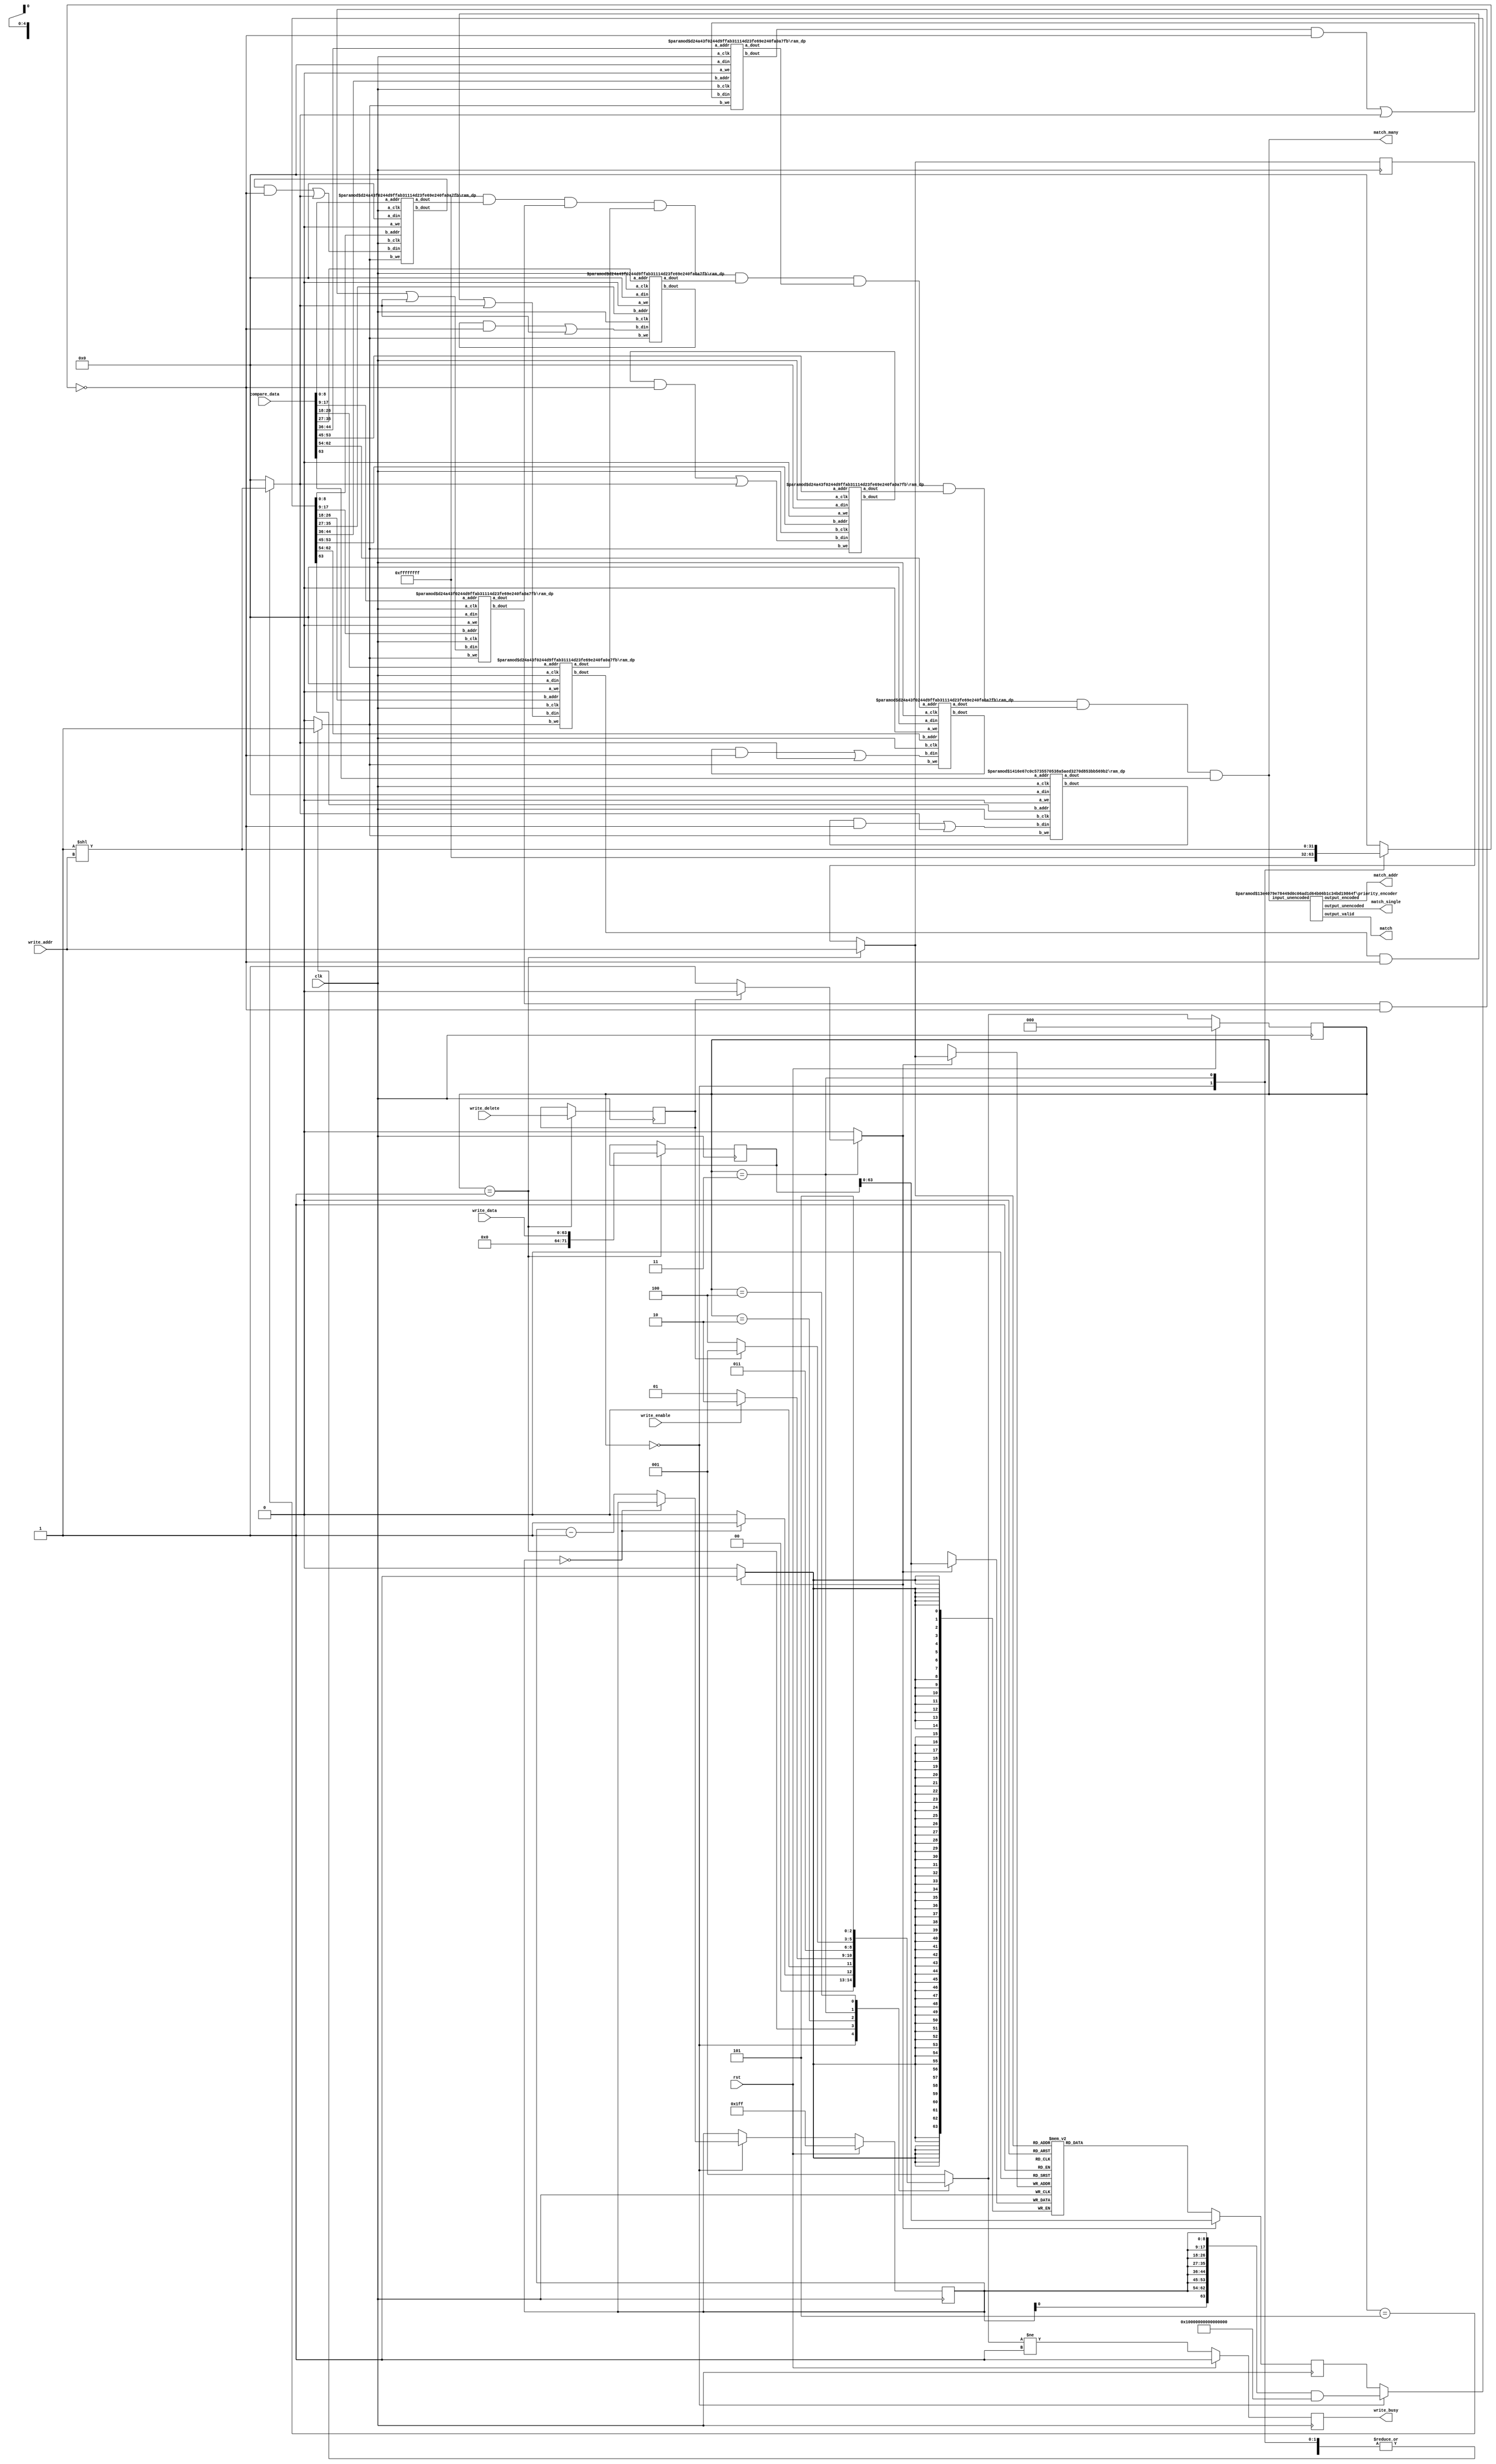
// Language: Verilog 2001

`timescale 1ns / 1ps

/*
 * Content Addressable Memory (block RAM based)
 */
module cam_bram #(
    // search data bus width
    parameter DATA_WIDTH = 64,
    // memory size in log2(words)
    parameter ADDR_WIDTH = 5,
    // width of data bus slices
    parameter SLICE_WIDTH = 9
)
(
    input  wire                     clk,
    input  wire                     rst,

    input  wire [ADDR_WIDTH-1:0]    write_addr,
    input  wire [DATA_WIDTH-1:0]    write_data,
    input  wire                     write_delete,
    input  wire                     write_enable,
    output wire                     write_busy,

    input  wire [DATA_WIDTH-1:0]    compare_data,
    output wire [2**ADDR_WIDTH-1:0] match_many,
    output wire [2**ADDR_WIDTH-1:0] match_single,
    output wire [ADDR_WIDTH-1:0]    match_addr,
    output wire                     match
);

// total number of slices (enough to cover DATA_WIDTH with address inputs)
localparam SLICE_COUNT = (DATA_WIDTH + SLICE_WIDTH - 1) / SLICE_WIDTH;
// depth of RAMs
localparam RAM_DEPTH = 2**ADDR_WIDTH;

localparam [2:0]
    STATE_INIT = 3'd0,
    STATE_IDLE = 3'd1,
    STATE_DELETE_1 = 3'd2,
    STATE_DELETE_2 = 3'd3,
    STATE_WRITE_1 = 3'd4,
    STATE_WRITE_2 = 3'd5;

reg [2:0] state_reg = STATE_INIT, state_next;

wire [SLICE_COUNT*SLICE_WIDTH-1:0] compare_data_padded = {{SLICE_COUNT*SLICE_WIDTH-DATA_WIDTH{1'b0}}, compare_data};
wire [SLICE_COUNT*SLICE_WIDTH-1:0] write_data_padded = {{SLICE_COUNT*SLICE_WIDTH-DATA_WIDTH{1'b0}}, write_data};

reg [SLICE_WIDTH-1:0] count_reg = {SLICE_WIDTH{1'b1}}, count_next;

reg [SLICE_COUNT*SLICE_WIDTH-1:0] ram_addr = {SLICE_COUNT*SLICE_WIDTH{1'b0}};
reg [RAM_DEPTH-1:0] set_bit;
reg [RAM_DEPTH-1:0] clear_bit;
reg wr_en;

reg [ADDR_WIDTH-1:0] write_addr_reg = {ADDR_WIDTH{1'b0}}, write_addr_next;
reg [SLICE_COUNT*SLICE_WIDTH-1:0] write_data_padded_reg = {SLICE_COUNT*SLICE_WIDTH{1'b0}}, write_data_padded_next;
reg write_delete_reg = 1'b0, write_delete_next;

reg write_busy_reg = 1'b1;

assign write_busy = write_busy_reg;

reg [RAM_DEPTH-1:0] match_raw_out[SLICE_COUNT-1:0];
reg [RAM_DEPTH-1:0] match_many_raw;

assign match_many = match_many_raw;

reg [DATA_WIDTH-1:0] erase_ram [RAM_DEPTH-1:0];
reg [DATA_WIDTH-1:0] erase_data = {DATA_WIDTH{1'b0}};
reg erase_ram_wr_en;

integer i;

initial begin
    for (i = 0; i < RAM_DEPTH; i = i + 1) begin
        erase_ram[i] = {SLICE_COUNT*SLICE_WIDTH{1'b0}};
    end
end

integer k;

always @* begin
    match_many_raw = {RAM_DEPTH{1'b1}};
    for (k = 0; k < SLICE_COUNT; k = k + 1) begin
        match_many_raw = match_many_raw & match_raw_out[k];
    end
end

priority_encoder #(
    .WIDTH(RAM_DEPTH),
    .LSB_PRIORITY("HIGH")
)
priority_encoder_inst (
    .input_unencoded(match_many_raw),
    .output_valid(match),
    .output_encoded(match_addr),
    .output_unencoded(match_single)
);

// BRAMs
genvar slice_ind;
generate
    for (slice_ind = 0; slice_ind < SLICE_COUNT; slice_ind = slice_ind + 1) begin : slice
        localparam W = slice_ind == SLICE_COUNT-1 ? DATA_WIDTH-SLICE_WIDTH*slice_ind : SLICE_WIDTH;

        wire [RAM_DEPTH-1:0] match_data;
        wire [RAM_DEPTH-1:0] ram_data;

        ram_dp #(
            .DATA_WIDTH(RAM_DEPTH),
            .ADDR_WIDTH(W)
        )
        ram_inst
        (
            .a_clk(clk),
            .a_we(1'b0),
            .a_addr(compare_data[SLICE_WIDTH * slice_ind +: W]),
            .a_din({RAM_DEPTH{1'b0}}),
            .a_dout(match_data),
            .b_clk(clk),
            .b_we(wr_en),
            .b_addr(ram_addr[SLICE_WIDTH * slice_ind +: W]),
            .b_din((ram_data & ~clear_bit) | set_bit),
            .b_dout(ram_data)
        );

        always @* begin
            match_raw_out[slice_ind] <= match_data;
        end
    end
endgenerate

// erase
always @(posedge clk) begin
    erase_data <= erase_ram[write_addr_next];
    if (erase_ram_wr_en) begin
        erase_data <= write_data_padded_reg;
        erase_ram[write_addr_next] <= write_data_padded_reg;
    end
end

// write
always @* begin
    state_next = STATE_IDLE;

    count_next = count_reg;
    ram_addr = erase_data;
    set_bit = {RAM_DEPTH{1'b0}};
    clear_bit = {RAM_DEPTH{1'b0}};
    wr_en = 1'b0;

    erase_ram_wr_en = 1'b0;

    write_addr_next = write_addr_reg;
    write_data_padded_next = write_data_padded_reg;
    write_delete_next = write_delete_reg;

    case (state_reg)
        STATE_INIT: begin
            // zero out RAMs
            ram_addr = {SLICE_COUNT{count_reg}} & {{SLICE_COUNT*SLICE_WIDTH-DATA_WIDTH{1'b0}}, {DATA_WIDTH{1'b1}}};
            set_bit = {RAM_DEPTH{1'b0}};
            clear_bit = {RAM_DEPTH{1'b1}};
            wr_en = 1'b1;

            if (count_reg == 0) begin
                state_next = STATE_IDLE;
            end else begin
                count_next = count_reg - 1;
                state_next = STATE_INIT;
            end
        end
        STATE_IDLE: begin
            // idle state
            write_addr_next = write_addr;
            write_data_padded_next = write_data_padded;
            write_delete_next = write_delete;

            if (write_enable) begin
                // wait for read from erase_ram
                state_next = STATE_DELETE_1;
            end else begin
                state_next = STATE_IDLE;
            end
        end
        STATE_DELETE_1: begin
            // wait for read
            state_next = STATE_DELETE_2;
        end
        STATE_DELETE_2: begin
            // clear bit and write back
            clear_bit = 1'b1 << write_addr;
            wr_en = 1'b1;
            if (write_delete_reg) begin
                state_next = STATE_IDLE;
            end else begin
                erase_ram_wr_en = 1'b1;
                state_next = STATE_WRITE_1;
            end
        end
        STATE_WRITE_1: begin
            // wait for read
            state_next = STATE_WRITE_2;
        end
        STATE_WRITE_2: begin
            // set bit and write back
            set_bit = 1'b1 << write_addr;
            wr_en = 1'b1;
            state_next = STATE_IDLE;
        end
    endcase
end

always @(posedge clk) begin
    if (rst) begin
        state_reg <= STATE_INIT;
        count_reg <= {SLICE_WIDTH{1'b1}};
        write_busy_reg <= 1'b1;
    end else begin
        state_reg <= state_next;
        count_reg <= count_next;
        write_busy_reg <= state_next != STATE_IDLE;
    end

    write_addr_reg <= write_addr_next;
    write_data_padded_reg <= write_data_padded_next;
    write_delete_reg <= write_delete_next;
end

endmodule

/*
 * Priority encoder module
 */
module priority_encoder #
(
    parameter WIDTH = 4,
    // LSB priority: "LOW", "HIGH"
    parameter LSB_PRIORITY = "LOW"
)
(
    input  wire [WIDTH-1:0]         input_unencoded,
    output wire                     output_valid,
    output wire [$clog2(WIDTH)-1:0] output_encoded,
    output wire [WIDTH-1:0]         output_unencoded
);

// power-of-two width
parameter W1 = 2**$clog2(WIDTH);
parameter W2 = W1/2;

generate
    if (WIDTH == 1) begin
        // one input
        assign output_valid = input_unencoded;
        assign output_encoded = 0;
    end else if (WIDTH == 2) begin
        // two inputs - just an OR gate
        assign output_valid = |input_unencoded;
        if (LSB_PRIORITY == "LOW") begin
            assign output_encoded = input_unencoded[1];
        end else begin
            assign output_encoded = ~input_unencoded[0];
        end
    end else begin
        // more than two inputs - split into two parts and recurse
        // also pad input to correct power-of-two width
        wire [$clog2(W2)-1:0] out1, out2;
        wire valid1, valid2;
        priority_encoder #(
            .WIDTH(W2),
            .LSB_PRIORITY(LSB_PRIORITY)
        )
        priority_encoder_inst1 (
            .input_unencoded(input_unencoded[W2-1:0]),
            .output_valid(valid1),
            .output_encoded(out1)
        );
        priority_encoder #(
            .WIDTH(W2),
            .LSB_PRIORITY(LSB_PRIORITY)
        )
        priority_encoder_inst2 (
            .input_unencoded({{W1-WIDTH{1'b0}}, input_unencoded[WIDTH-1:W2]}),
            .output_valid(valid2),
            .output_encoded(out2)
        );
        // multiplexer to select part
        assign output_valid = valid1 | valid2;
        if (LSB_PRIORITY == "LOW") begin
            assign output_encoded = valid2 ? {1'b1, out2} : {1'b0, out1};
        end else begin
            assign output_encoded = valid1 ? {1'b0, out1} : {1'b1, out2};
        end
    end
endgenerate

// unencoded output
assign output_unencoded = 1 << output_encoded;

endmodule

/*
 * Generic dual-port RAM
 */
module ram_dp #
(
    parameter DATA_WIDTH = 32,
    parameter ADDR_WIDTH = 10
)
(
    // port A
    input  wire                    a_clk,
    input  wire                    a_we,
    input  wire [ADDR_WIDTH-1:0]   a_addr,
    input  wire [DATA_WIDTH-1:0]   a_din,
    output wire [DATA_WIDTH-1:0]   a_dout,

    // port B
    input  wire                    b_clk,
    input  wire                    b_we,
    input  wire [ADDR_WIDTH-1:0]   b_addr,
    input  wire [DATA_WIDTH-1:0]   b_din,
    output wire [DATA_WIDTH-1:0]   b_dout
);

reg [DATA_WIDTH-1:0] a_dout_reg = {DATA_WIDTH{1'b0}};

reg [DATA_WIDTH-1:0] b_dout_reg = {DATA_WIDTH{1'b0}};

// (* RAM_STYLE="BLOCK" *)
reg [DATA_WIDTH-1:0] mem[(2**ADDR_WIDTH)-1:0];

assign a_dout = a_dout_reg;

assign b_dout = b_dout_reg;

integer i, j;

initial begin
    // two nested loops for smaller number of iterations per loop
    // workaround for synthesizer complaints about large loop counts
    for (i = 0; i < 2**ADDR_WIDTH; i = i + 2**(ADDR_WIDTH/2)) begin
        for (j = i; j < i + 2**(ADDR_WIDTH/2); j = j + 1) begin
            mem[j] = 0;
        end
    end
end

// port A
always @(posedge a_clk) begin
    a_dout_reg <= mem[a_addr];
    if (a_we) begin
        mem[a_addr] <= a_din;
        a_dout_reg <= a_din;
    end
end

// port B
always @(posedge b_clk) begin
    b_dout_reg <= mem[b_addr];
    if (b_we) begin
        mem[b_addr] <= b_din;
        b_dout_reg <= b_din;
    end
end

endmodule